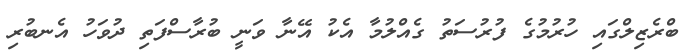
ބްރެޒިލްގައި ހުރުމުގެ ފުރުސަތު ގެއްލުމާ އެކު އޭނާ ވަނީ ބުރާސްފަތި ދުވަހު އެނބުރި